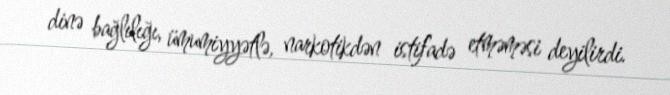
dinə bağlılığı, ümumiyyətlə, narkotikdən istifadə etməməsi deyilirdi.